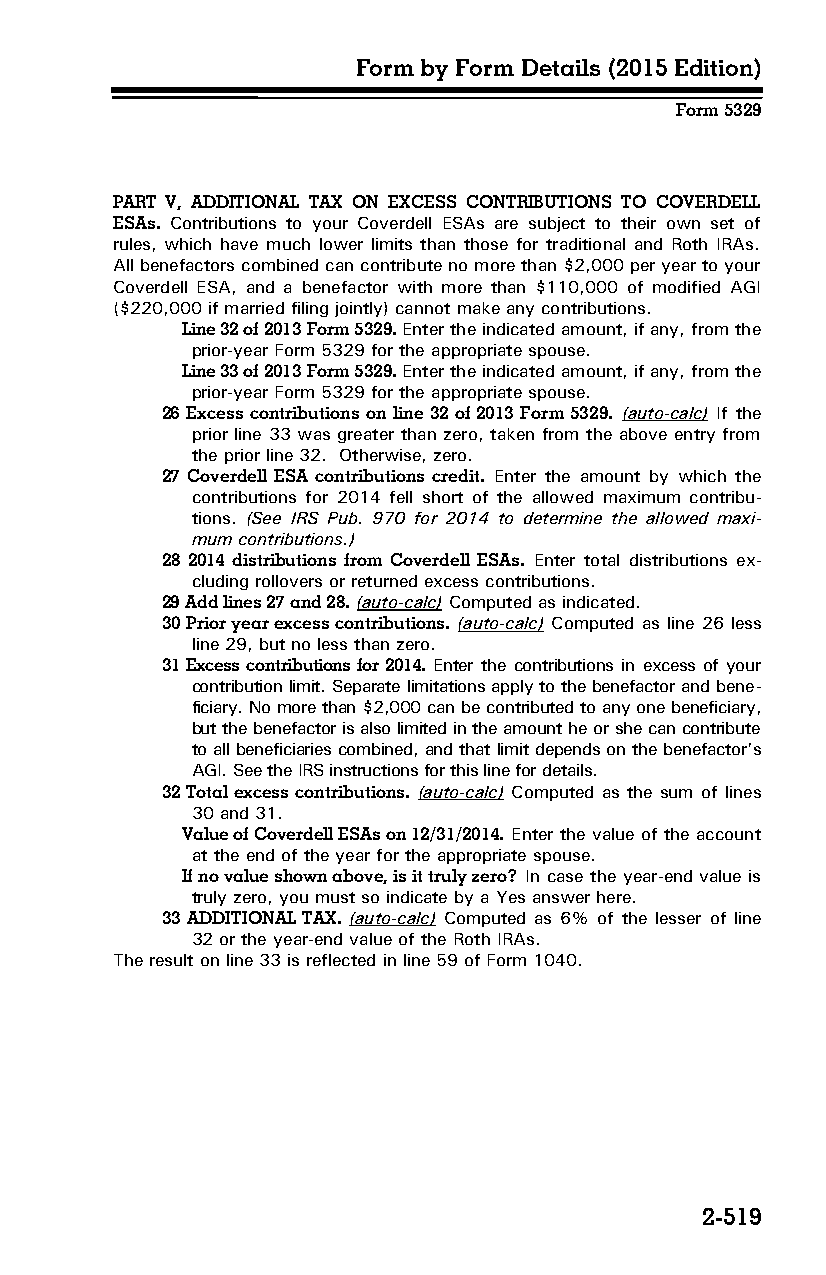
Form by Form Details (2015 Edition)
 Form 5329
 PART V, ADDITIONAL TAX ON EXCESS CONTRIBUTIONS TO COVERDELL
 ESAs. Contributions to your Coverdell ESAs are subject to their own set of
 rules, which have much lower limits than those for traditional and Roth IRAs.
 All benefactors combined can contribute no more than $2,000 per year to your
 Coverdell ESA, and a benefactor with more than $110,000 of modified AGI
 ($220,000 if married filing jointly) cannot make any contributions.
 Line 32 of 2013 Form 5329. Enter the indicated amount, if any, from the
 prior-year Form 5329 for the appropriate spouse.
 Line 33 of 2013 Form 5329. Enter the indicated amount, if any, from the
 prior-year Form 5329 for the appropriate spouse.
 26 Excess contributions on line 32 of 2013 Form 5329. (auto-calc) If the
 prior line 33 was greater than zero, taken from the above entry from
 the prior line 32. Otherwise, zero.
 27 Coverdell ESA contributions credit. Enter the amount by which the
 contributions for 2014 fell short of the allowed maximum contribu­
 tions. (See IRS Pub. 970 for 2014 to determine the allowed maxi­
 mum contributions.)
 28 2014 distributions from Coverdell ESAs. Enter total distributions ex­
 cluding rollovers or returned excess contributions.
 29 Add lines 27 and 28. (auto-calc) Computed as indicated.
 30 Prior year excess contributions. (auto-calc) Computed as line 26 less
 line 29, but no less than zero.
 31 Excess contributions for 2014. Enter the contributions in excess of your
 contribution limit. Separate limitations apply to the benefactor and bene­
 ficiary. No more than $2,000 can be contributed to any one beneficiary,
 but the benefactor is also limited in the amount he or she can contribute
 to all beneficiaries combined, and that limit depends on the benefactor’s
 AGI. See the IRS instructions for this line for details.
 32 Total excess contributions. (auto-calc) Computed as the sum of lines
 30 and 31.
 Value of Coverdell ESAs on 12/31/2014. Enter the value of the account
 at the end of the year for the appropriate spouse.
 If no value shown above, is it truly zero? In case the year-end value is
 truly zero, you must so indicate by a Yes answer here.
 33 ADDITIONAL TAX. (auto-calc) Computed as 6% of the lesser of line
 32 or the year-end value of the Roth IRAs.
 The result on line 33 is reflected in line 59 of Form 1040.
 2-519